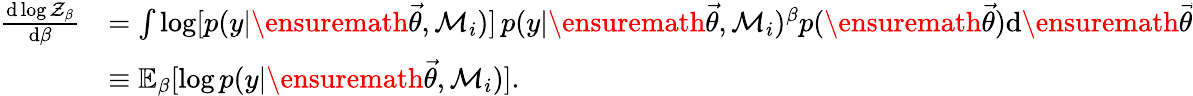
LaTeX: \begin{array}{rl}{\frac{\mathrm{d}\log\mathcal{Z}_{\beta}}{\mathrm{d}\beta}}&{=\int\log[p(y|\ensuremath{\vec{\theta}},\mathcal{M}_{i})]\, p(y|\ensuremath{\vec{\theta}},\mathcal{M}_{i})^{\beta}p(\ensuremath{\vec{\theta}})\mathrm{d}\ensuremath{\vec{\theta}}}\\ &{\equiv\mathbb{E}_{\beta}[\log p(y|\ensuremath{\vec{\theta}},\mathcal{M}_{i})].}\end{array}